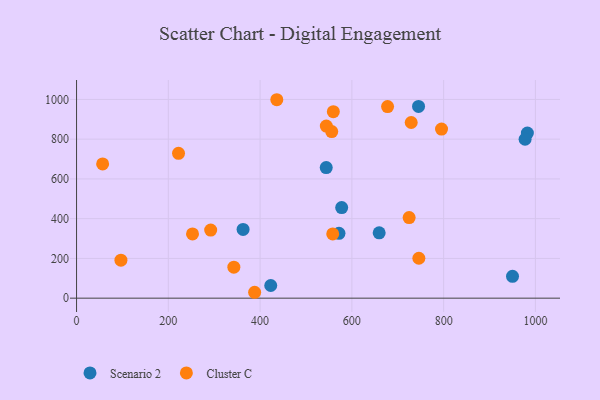
{"axis": {"x": "Ad Spend", "y": "Fuel Efficiency"}, "legend": ["Cluster C", "Scenario 2"], "data": [{"x": "423.2", "y": 63.8, "type": "Scenario 2"}, {"x": "745.3", "y": 964.7, "type": "Scenario 2"}, {"x": "571.9", "y": 326.2, "type": "Scenario 2"}, {"x": "544.1", "y": 657.3, "type": "Scenario 2"}, {"x": "577.8", "y": 456.0, "type": "Scenario 2"}, {"x": "950.1", "y": 109.9, "type": "Scenario 2"}, {"x": "362.9", "y": 346.1, "type": "Scenario 2"}, {"x": "659.5", "y": 328.7, "type": "Scenario 2"}, {"x": "982.5", "y": 830.9, "type": "Scenario 2"}, {"x": "977.5", "y": 799.7, "type": "Scenario 2"}, {"x": "729.3", "y": 884.0, "type": "Cluster C"}, {"x": "558.3", "y": 323.4, "type": "Cluster C"}, {"x": "56.8", "y": 675.4, "type": "Cluster C"}, {"x": "746.0", "y": 200.8, "type": "Cluster C"}, {"x": "342.8", "y": 156.0, "type": "Cluster C"}, {"x": "252.7", "y": 323.1, "type": "Cluster C"}, {"x": "724.8", "y": 405.5, "type": "Cluster C"}, {"x": "436.4", "y": 998.5, "type": "Cluster C"}, {"x": "544.3", "y": 866.0, "type": "Cluster C"}, {"x": "795.4", "y": 850.8, "type": "Cluster C"}, {"x": "388.1", "y": 29.6, "type": "Cluster C"}, {"x": "222.2", "y": 728.8, "type": "Cluster C"}, {"x": "96.7", "y": 191.0, "type": "Cluster C"}, {"x": "559.6", "y": 938.5, "type": "Cluster C"}, {"x": "292.3", "y": 342.8, "type": "Cluster C"}, {"x": "556.1", "y": 838.3, "type": "Cluster C"}, {"x": "677.8", "y": 964.0, "type": "Cluster C"}]}